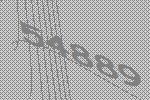
54889